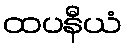
ထပနီယံ